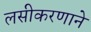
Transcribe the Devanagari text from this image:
लसीकरणाने